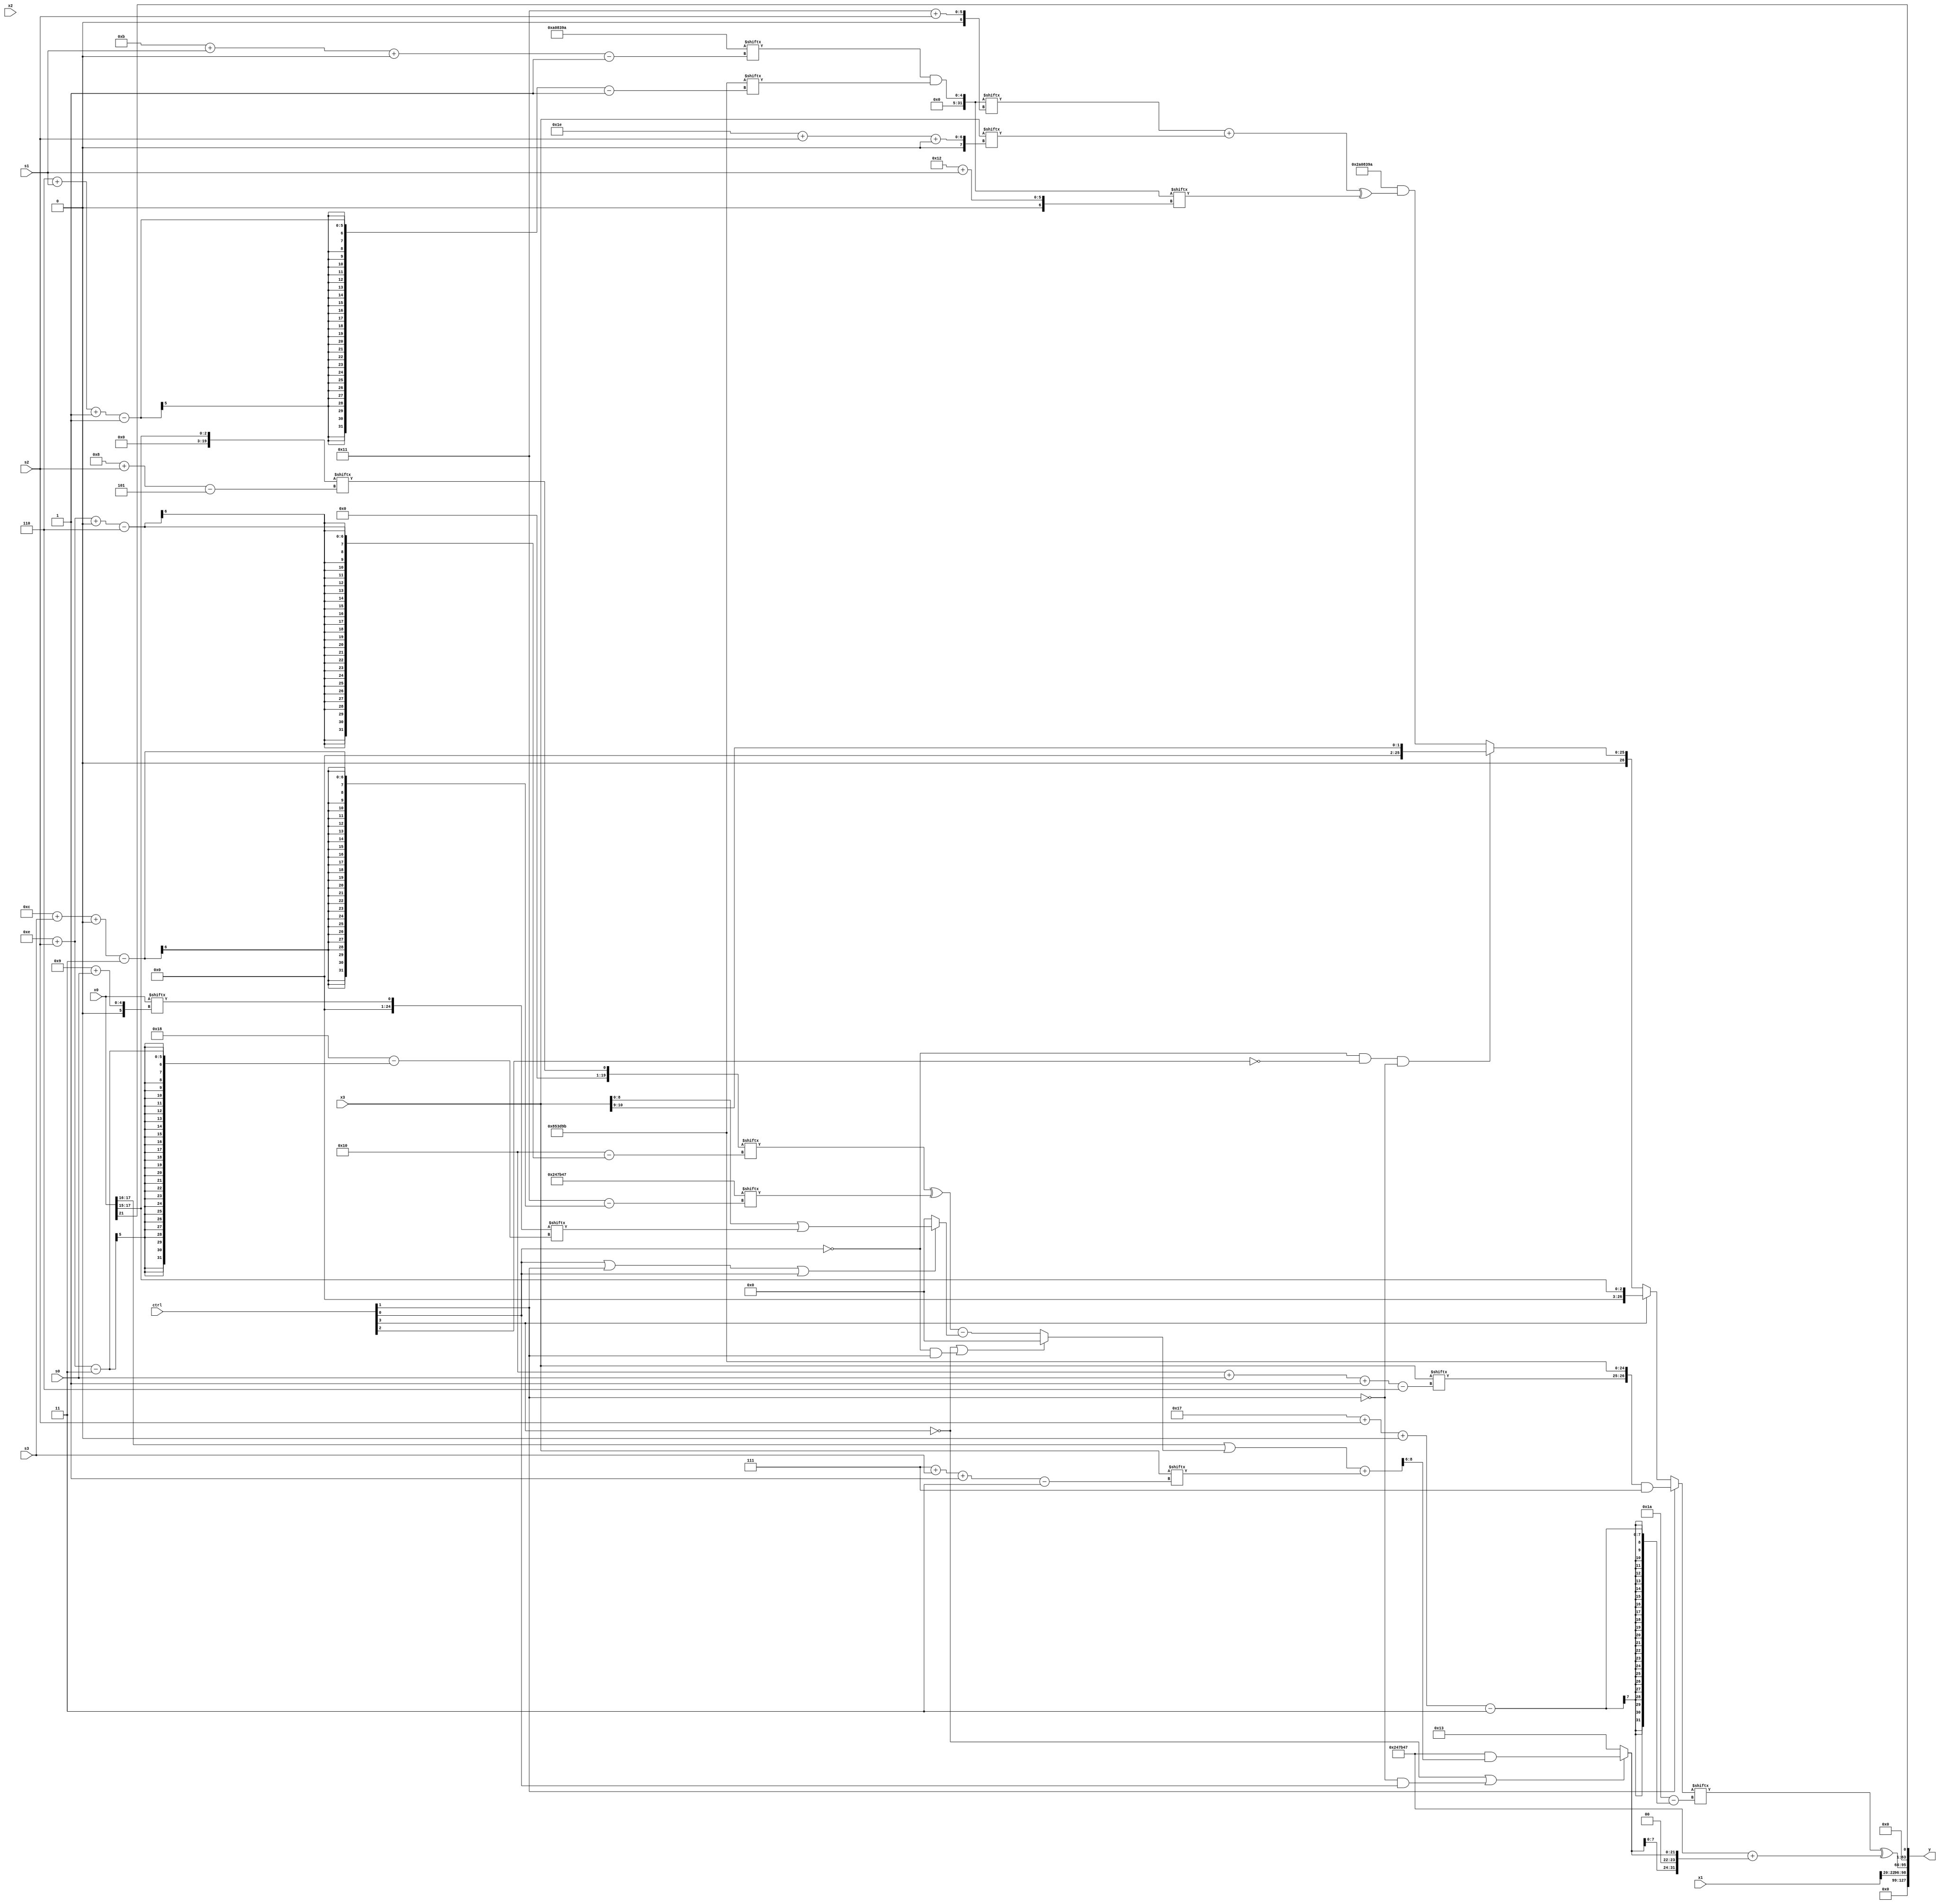
module partsel_00448(ctrl, s0, s1, s2, s3, x0, x1, x2, x3, y);
  input [3:0] ctrl;
  input [2:0] s0;
  input [2:0] s1;
  input [2:0] s2;
  input [2:0] s3;
  input signed [31:0] x0;
  input signed [31:0] x1;
  input signed [31:0] x2;
  input [31:0] x3;
  wire [1:29] x4;
  wire signed [7:26] x5;
  wire [6:31] x6;
  wire signed [24:5] x7;
  wire [1:27] x8;
  wire [26:0] x9;
  wire signed [31:0] x10;
  wire [3:29] x11;
  wire signed [6:25] x12;
  wire [3:27] x13;
  wire [0:31] x14;
  wire [29:3] x15;
  output [127:0] y;
  wire [31:0] y0;
  wire signed [31:0] y1;
  wire signed [31:0] y2;
  wire [31:0] y3;
  assign y = {y0,y1,y2,y3};
  localparam [25:1] p0 = 579157403;
  localparam signed [24:1] p1 = 698385306;
  localparam signed [3:26] p2 = 589593415;
  localparam [24:2] p3 = 662933700;
  assign x4 = {p3[12 + s1], ((x0[22 -: 2] & {2{((x3[14 + s1] | p0) - x1[12])}}) - {((!ctrl[3] || ctrl[2] || !ctrl[1] ? (p0[16] - p2) : x2[22]) ^ (p3[18 -: 3] + p2[15 -: 2])), x1[22]})};
  assign x5 = x3;
  assign x6 = x5[5 + s1 -: 2];
  assign x7 = x0[15 +: 3];
  assign x8 = p2[4 + s1 -: 5];
  assign x9 = (ctrl[1] && !ctrl[1] && ctrl[2] ? x3 : p1[11 + s1 +: 5]);
  assign x10 = (x9 & p0[6 + s1 -: 1]);
  assign x11 = (ctrl[1] || ctrl[3] && !ctrl[3] ? {2{({x3[16 + s0 -: 6], p0} & p2[15 -: 3])}} : (!ctrl[3] && !ctrl[3] || !ctrl[3] ? (!ctrl[0] && !ctrl[2] && !ctrl[1] ? x5[16 +: 2] : ({2{p1}} & ((x10[17 + s2] + x3[30 + s2 +: 4]) ^ x10[18 + s1]))) : x7));
  assign x12 = x7[8 + s2];
  assign x13 = x0[9 + s0];
  assign x14 = (ctrl[1] && ctrl[1] && !ctrl[1] ? (((!ctrl[2] && ctrl[0] && ctrl[2] ? (x4[16] & p2[22 -: 4]) : {x5[7 + s0], p2[22 + s1 +: 4]}) + p0) - {(x12[18 + s2 +: 4] ^ x10), (ctrl[3] || ctrl[0] && !ctrl[1] ? (ctrl[1] && !ctrl[1] || !ctrl[1] ? p1[13 + s0 +: 1] : p1[7 + s1]) : (p3[8] & x7))}) : p1);
  assign x15 = ((x0[17 -: 2] | (!ctrl[3] || !ctrl[0] && ctrl[1] ? x10[15] : ((x12[14 + s2 +: 4] ^ p2[12 + s3 +: 7]) - (ctrl[0] || ctrl[1] || ctrl[0] ? (x3 | x13[14 + s2]) : x8[15 -: 3])))) + x3[7 + s3 -: 3]);
  assign y0 = x1[22 -: 3];
  assign y1 = (x11[23 + s2 +: 1] ^ (p2 + {2{(!ctrl[3] || !ctrl[1] && ctrl[0] ? (p2 & x15[9 +: 3]) : (p2[15 +: 4] + p1[13 +: 4]))}}));
  assign y2 = p2[21 -: 1];
  assign y3 = x0[21 -: 1];
endmodule